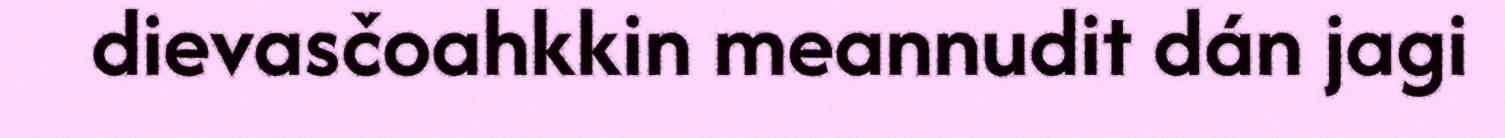
dievasčoahkkin meannudit dán jagi